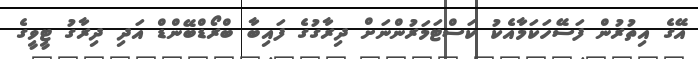
އޭގެ އިތުރުން ފަސޭހަކަމާއެކު ކަސްޓަމަރުންނަށް ދިރާގުގެ ފައިބާ ބްރޯޑްބޭންޑް އަދި ދިރާގު ޓީވީގެ